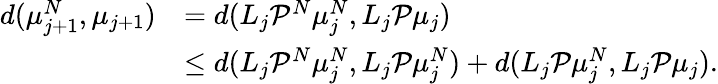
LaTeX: \begin{array}{rl}{d(\mu_{j+1}^{N},\mu_{j+1})}&{=d(L_{j}\mathcal{P}^{N}\mu_{j}^{N},L_{j}\mathcal{P}\mu_{j})}\\ &{\leq d(L_{j}\mathcal{P}^{N}\mu_{j}^{N},L_{j}\mathcal{P}\mu_{j}^{N})+d(L_{j}\mathcal{P}\mu_{j}^{N},L_{j}\mathcal{P}\mu_{j}).}\end{array}